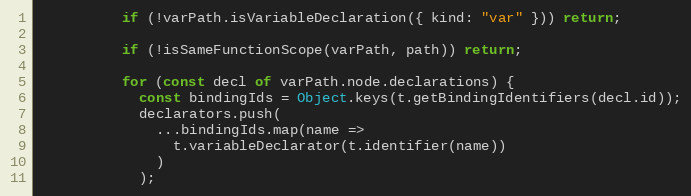
Language: JavaScript
          if (!varPath.isVariableDeclaration({ kind: "var" })) return;

          if (!isSameFunctionScope(varPath, path)) return;

          for (const decl of varPath.node.declarations) {
            const bindingIds = Object.keys(t.getBindingIdentifiers(decl.id));
            declarators.push(
              ...bindingIds.map(name =>
                t.variableDeclarator(t.identifier(name))
              )
            );